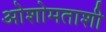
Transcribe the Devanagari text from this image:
ओशोमताशी